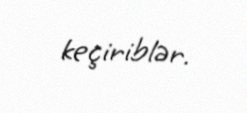
keçiriblər.